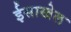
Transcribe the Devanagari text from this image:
ईसाखेल